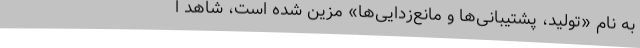
به نام «تولید، پشتیبانی‌ها و مانع‌زدایی‌ها» مزیّن شده است، شاهد ا